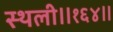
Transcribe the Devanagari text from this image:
स्थली॥१६४॥